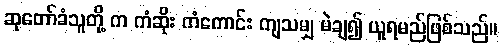
ဆုတော်ခံသူတို့ က ကံဆိုး ကံကောင်း ကျသမျှ မဲချ၍ ယူရမည်ဖြစ်သည်။